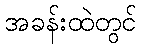
အခန်းထဲတွင်